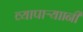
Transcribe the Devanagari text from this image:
व्यापाऱ्याानी